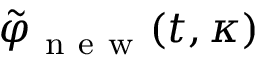
\tilde { \varphi } _ { \mathrm { ~ n ~ e ~ w ~ } } ( t , \kappa )